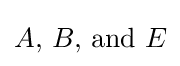
A{\text{, }}B{\text{, and }}E